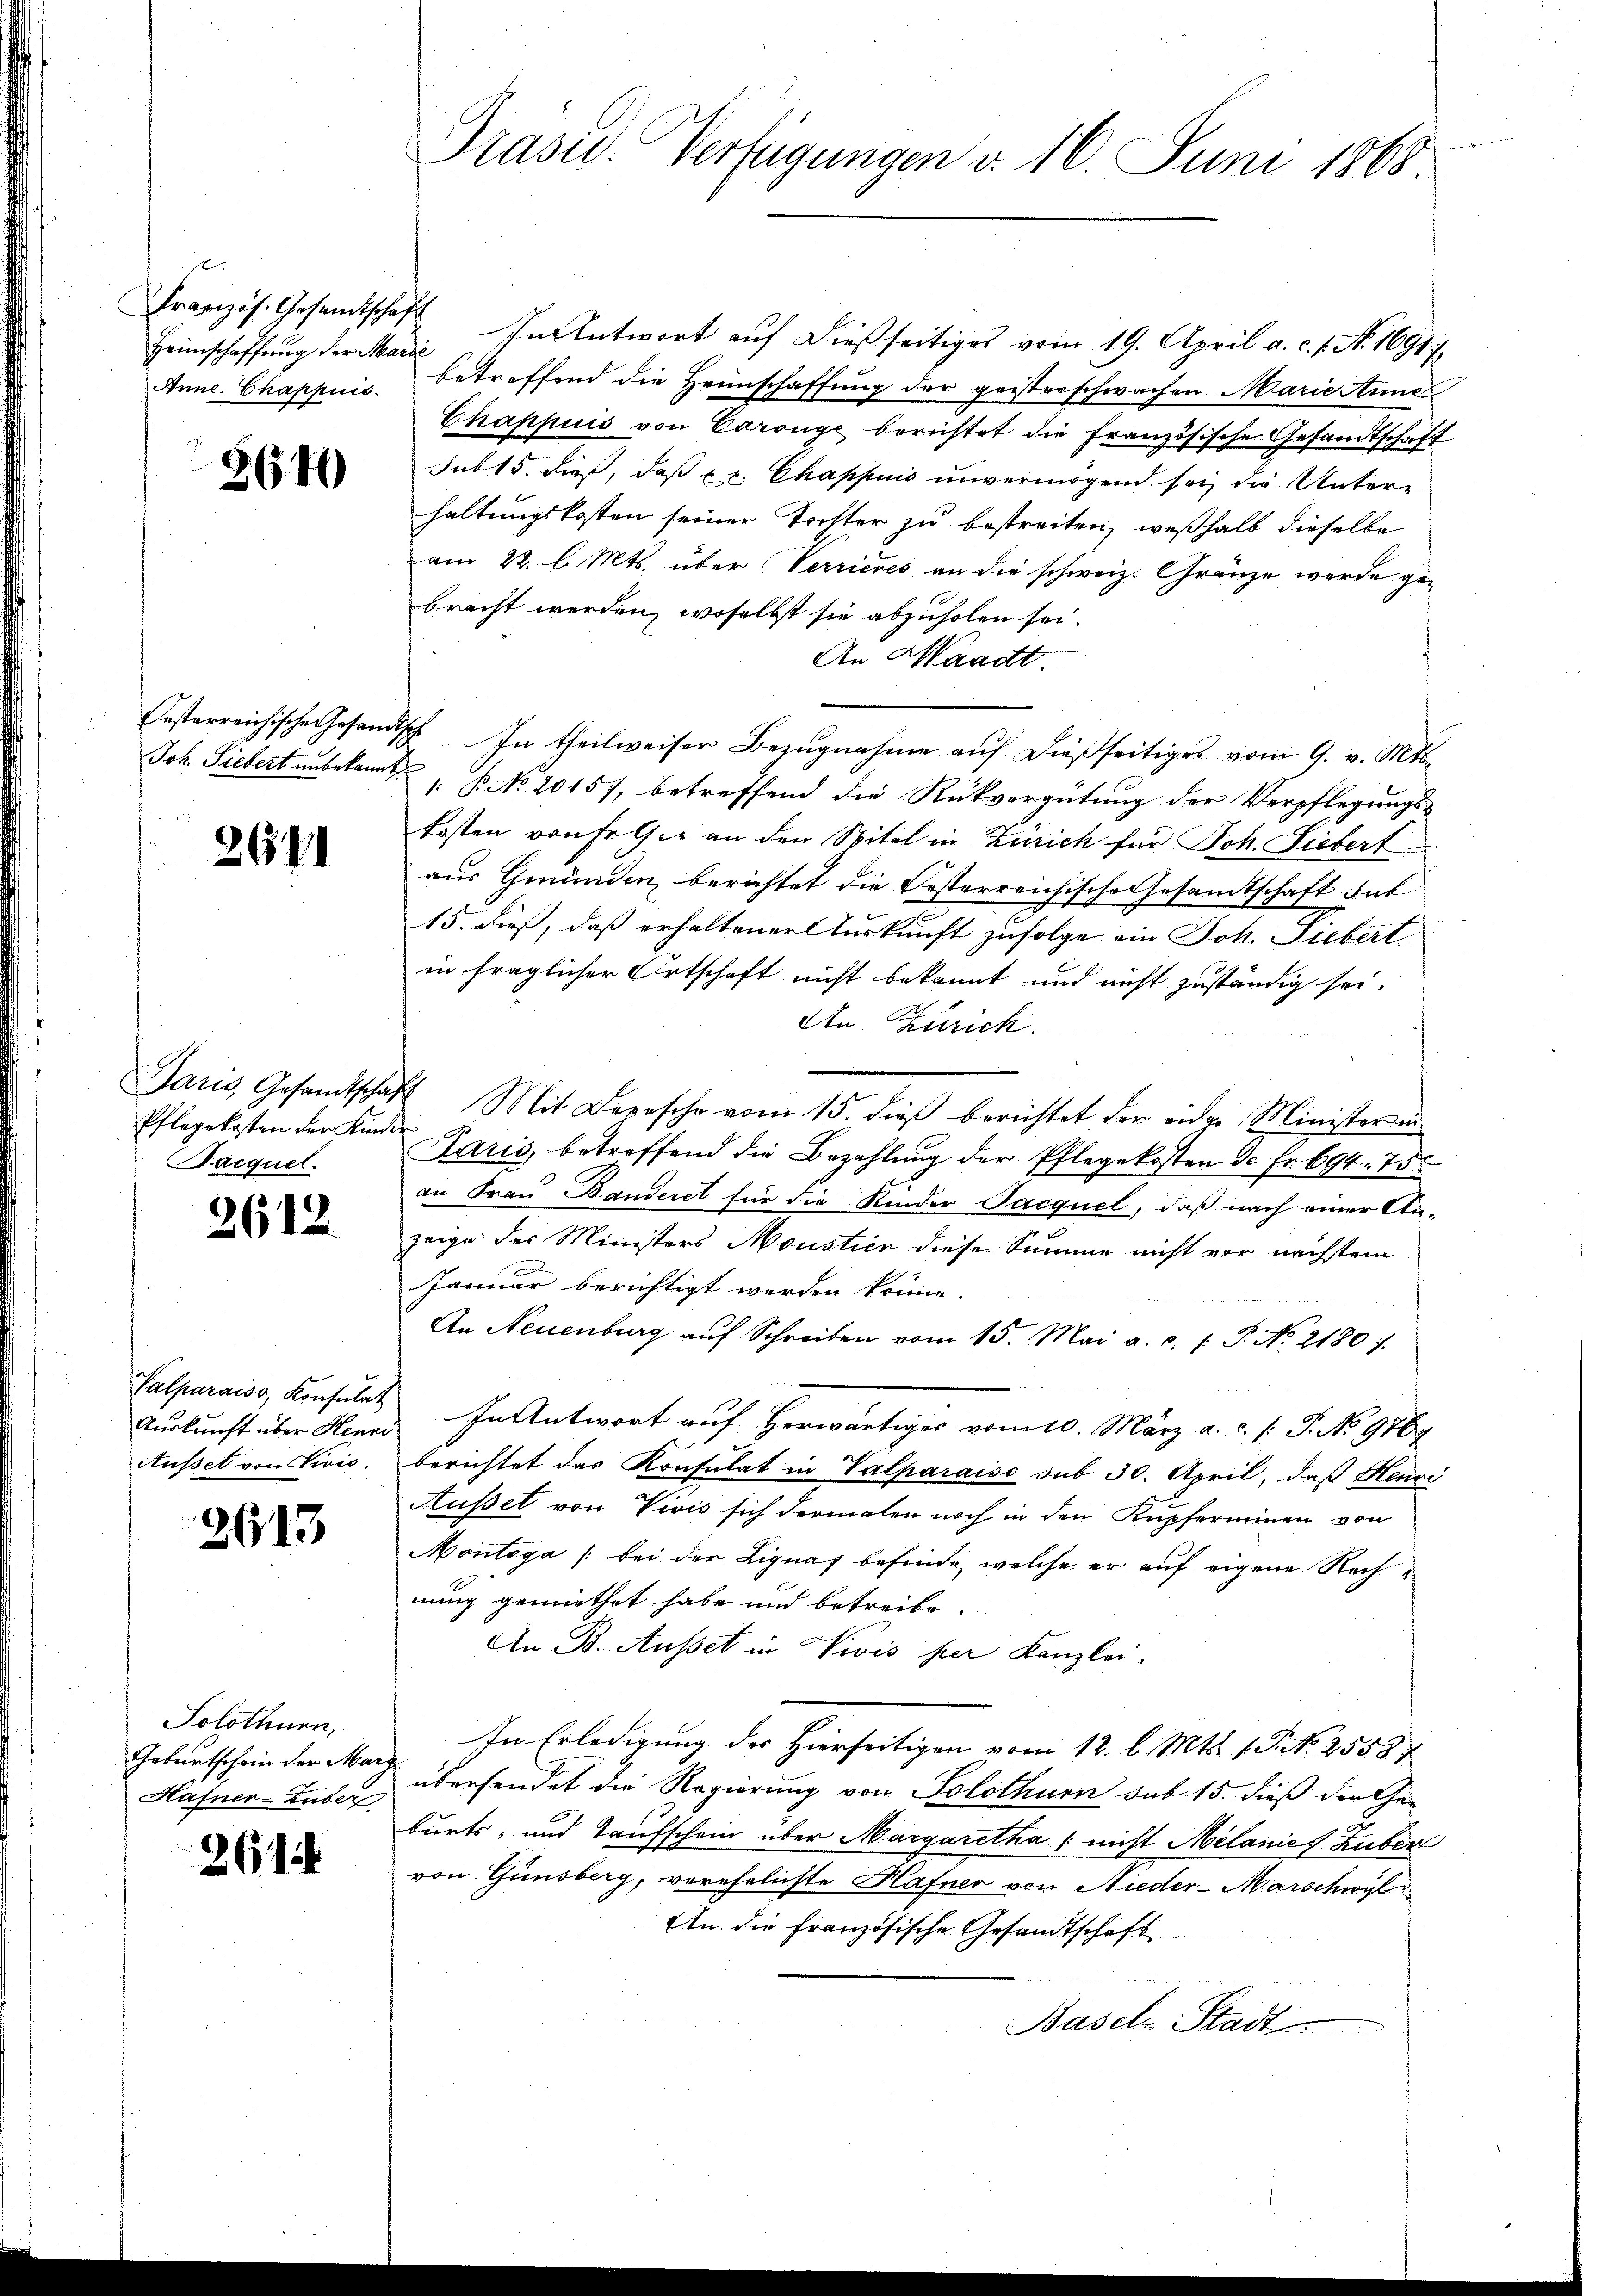
Heimschaffung der Marie

3640

2671

Pflegekosten der Kinder
acquel.

2612

Auskunft über Henni
Ausset von Divis.

2613

Solothurn,
Hafner-Luber

261

Französ. Gesandtschaft In Antwort auf dießseitiges vom 19. April a. c. 1. No. 16917.
Inn Chappuis betreffend die Heimschaffung der geisterschwachen Marie Anne
Chappuis von Carouge berichtet die französische Gesandtschaft
Sub 15. dieß, daß pr. Chappuis unvermögend sei, die Unterhaltungskosten seiner Tritter zu bestreiten, weßhalb dieselbe
am 22. l. Mts. über Verrieres an die schweiz. Gränze werde gebracht werden, woselbst sie abzuholen sei.
An Waadt.
Festerreichische Gesandtsch. In theilweiser Bezugnahme auf dießseitiges vom 9. v. Mts.
Joh. Siebert unbekann B. No 20157, betreffend die Rückvergütung der Verpflegungs-
kosten von Freie an den Spital in Zürich für Joh. Liebert
aus Gmünden, berichtet die Resterreichische Gesandtschaft Int
15. dieß, daß erhaltener Auskunft zufolge ein Joh. Siebert
in fraglicher Ortschaft nicht bekannt und nicht zuständig sei.
An Zürich.
Jaris, Gesandtschaft Mit Depesche vom 15. dieβ berichtet der eider Ministerin
Paris, betreffend die Bezahlung der Pflegekosten de Fr. 694. 75
an Frau Banderet für die Kinder Jacquel, daß nach einer An-
zeige der Ministers Moustice diese Summe nicht vor nächstem
Januar berichtigt werden könne.
An Neuenburg auf Schreiben vom 15. Mai a. c. l. J. No. 2180. 7.
Palparaiss, Konsulat In Antwort auf herwärtiges vom 10. März a. c. s. S. No 9167
berichtet das Konsulat in Valparaiso sub 30. April, daß Henri
Außsel von Vivis sich dermalen noch in den Kupferminen von
Montoga /:bei der Lignaf befinde, welche er auf eigene Rechnung gemiethet habe und betreibe
An B. Ausset in Nivis per Kanzlei-
In Erledigung der Hierseitigen vom 12. l. Mts. s. S. N. 2553
Geburtschein der Mag übersendet die Regierung von Solothurn sub 15. dieß den Ge-
burts- und Taufschein über Margaretha (nicht Melanie Zuber
von Ginsberg, verehelichte Hafner von Nieder-Marschwyl
An die französische Gesandtschaft
Basel-Stadt

Präsid. Verfügungen d. 16. Juni 1868